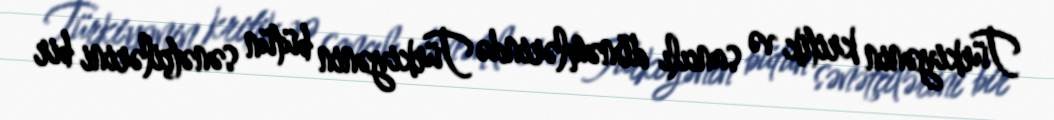
Türkiyənin kritik və sancılı dönəmlərində Türkiyənin bütün sənətçilərini bir